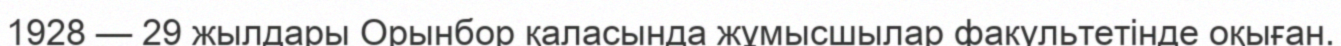
1928 — 29 жылдары Орынбор қаласында жұмысшылар факультетінде оқыған.